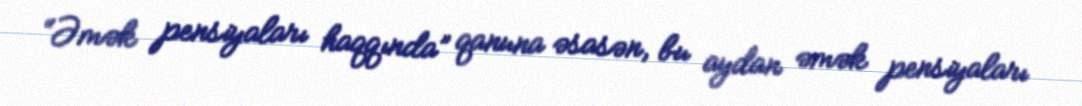
“Əmək pensiyaları haqqında” qanuna əsasən, bu aydan əmək pensiyaları